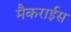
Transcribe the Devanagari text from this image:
मैकराईस